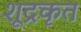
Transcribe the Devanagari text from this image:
शूद्रकृत